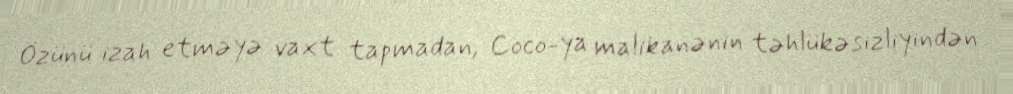
Özünü izah etməyə vaxt tapmadan, Coco-ya malikanənin təhlükəsizliyindən